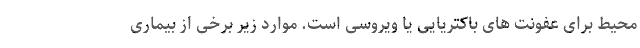
محیط برای عفونت های باکتریایی یا ویروسی است. موارد زیر برخی از بیماری